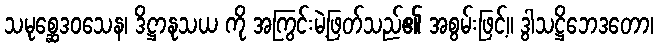
သမုစ္ဆေဒဝသေန၊ ဒိဋ္ဌာနုသယ ကို အကြွင်းမဲ့ဖြတ်သည်၏ အစွမ်းဖြင့်။ ဒွါသဋ္ဌိဘေဒတော၊